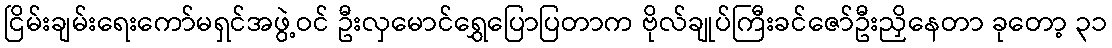
ငြိမ်းချမ်းရေးကော်မရှင်အဖွဲ့ဝင် ဦးလှမောင်ရွှေပြောပြတာက ဗိုလ်ချုပ်ကြီးခင်ဇော်ဦးညှိနေတာ ခုတော့ ၃၁